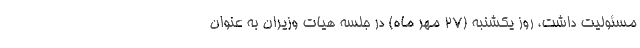
مسئولیت داشت، روز یکشنبه (۲۷ مهر ماه) در جلسه هیات وزیران به عنوان